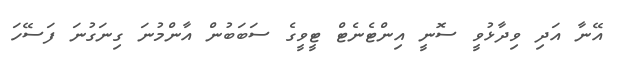
އޭނާ އަދި ވިދާޅުވީ ސޮނީ އިންޓެނެޓް ޓީވީގެ ސަބަބުން އާންމުނަ ގިނަގުނަ ފަސޭހަ